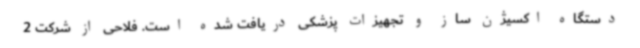
دستگاه اکسیژن ساز و تجهیزات پزشکی دریافت شده است. فلاحی از شرکت 2